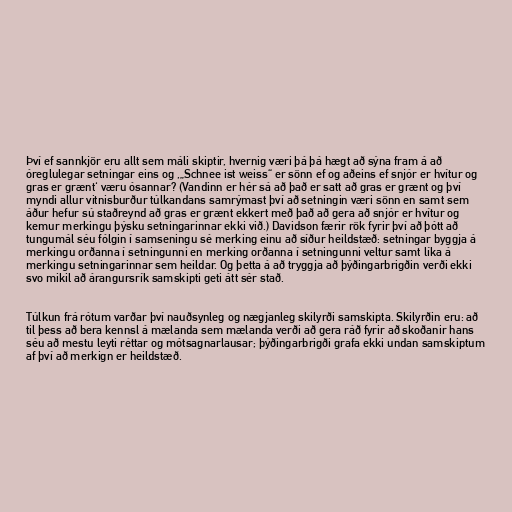
Því ef sannkjör eru allt sem máli skiptir, hvernig væri þá þá hægt að sýna fram á að
óreglulegar setningar eins og ‚„Schnee ist weiss“ er sönn ef og aðeins ef snjór er hvítur og
gras er grænt‘ væru ósannar? (Vandinn er hér sá að það er satt að gras er grænt og því
myndi allur vitnisburður túlkandans samrýmast því að setningin væri sönn en samt sem
áður hefur sú staðreynd að gras er grænt ekkert með það að gera að snjór er hvítur og
kemur merkingu þýsku setningarinnar ekki við.) Davidson færir rök fyrir því að þótt að
tungumál séu fólgin í samseningu sé merking einu að síður heildstæð: setningar byggja á
merkingu orðanna í setningunni en merking orðanna í setningunni veltur samt líka á
merkingu setningarinnar sem heildar. Og þetta á að tryggja að þýðingarbrigðin verði ekki
svo mikil að árangursrík samskipti geti átt sér stað.

Túlkun frá rótum varðar því nauðsynleg og nægjanleg skilyrði samskipta. Skilyrðin eru: að
til þess að bera kennsl á mælanda sem mælanda verði að gera ráð fyrir að skoðanir hans
séu að mestu leyti réttar og mótsagnarlausar; þýðingarbrigði grafa ekki undan samskiptum
af því að merkign er heildstæð.